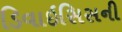
ડિવાઇસિસની